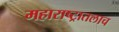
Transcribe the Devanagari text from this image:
महाराष्ट्रातलाच